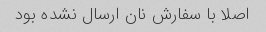
اصلا با سفارش نان ارسال نشده بود